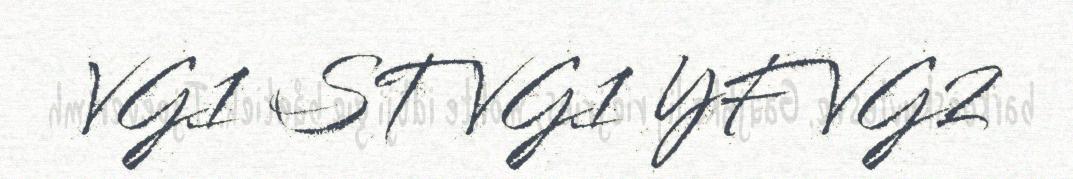
VG1 ST VG1 YF VG2